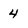
Character: 4